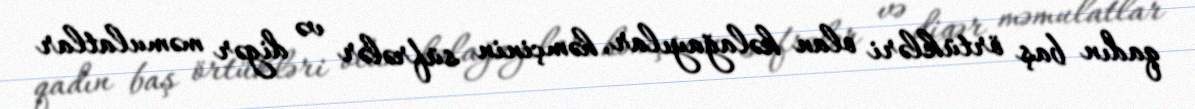
qadın baş örtükləri olan kəlağayılar, həmçinin süfrələr və digər məmulatlar